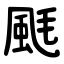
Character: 䫽